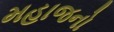
મહાજનો